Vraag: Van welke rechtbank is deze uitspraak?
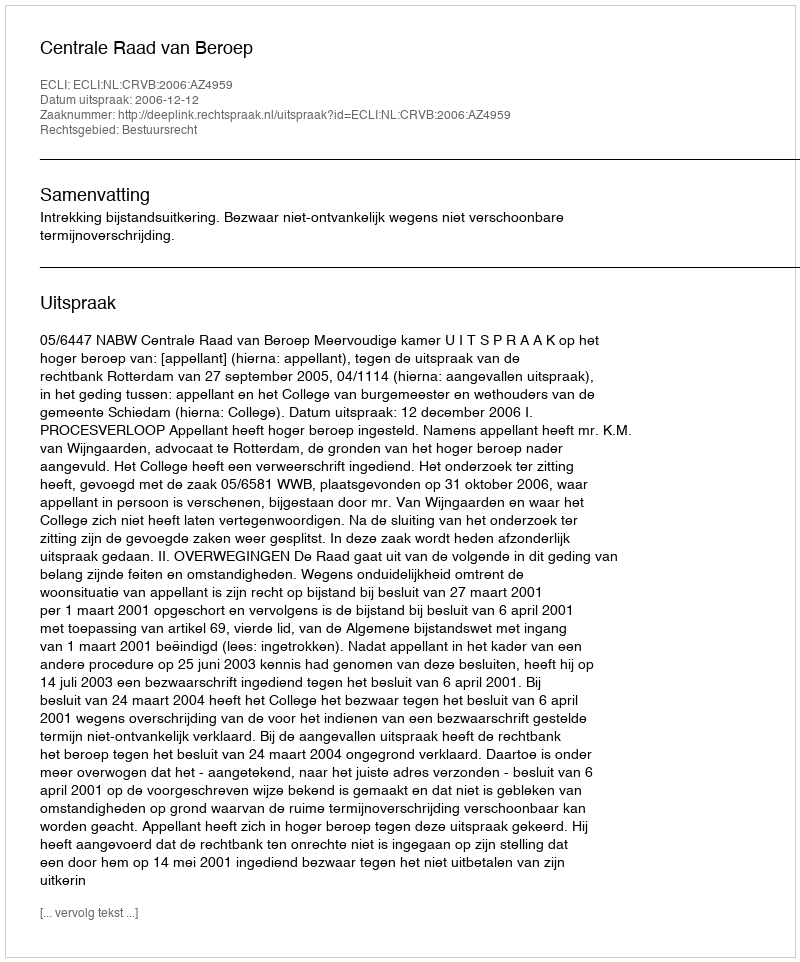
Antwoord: Centrale Raad van Beroep